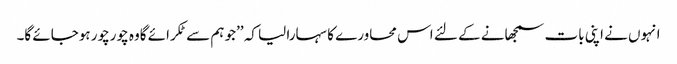
انہوں نے اپنی بات سمجھانے کے لئے اس محاورے کا سہارا لیا کہ ’’جو ہم سے ٹکرائے گاوہ چورچور ہوجائے گا۔